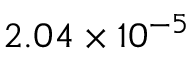
2 . 0 4 \times 1 0 ^ { - 5 }